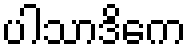
ပါသာဒိကေ